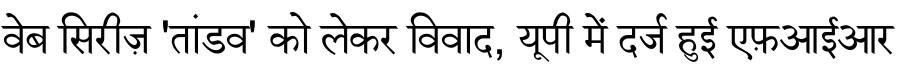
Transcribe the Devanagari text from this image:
वेब सिरीज़ 'तांडव' को लेकर विवाद, यूपी में दर्ज हुई एफ़आईआर